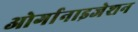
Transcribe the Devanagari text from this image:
ओर्गानाइजेशन